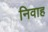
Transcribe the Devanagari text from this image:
निवाह